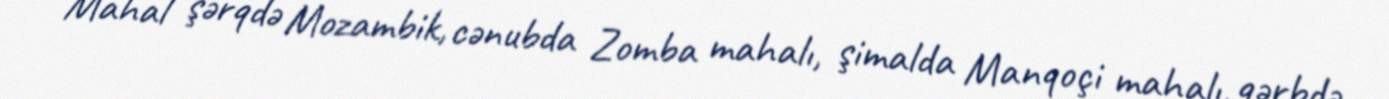
Mahal şərqdə Mozambik, cənubda Zomba mahalı, şimalda Manqoçi mahalı, qərbdə